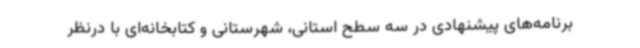
برنامه‌های پیشنهادی در سه سطح استانی، شهرستانی و کتابخانه‌ای با درنظر